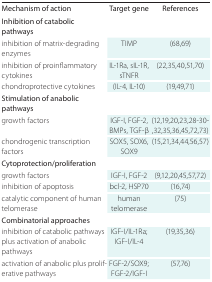
| Mechanism of action | Target gene | References |
 | --- | --- | --- |
 | Inhibition of catabolic pathways |  |  |
 | inhibition of matrix-degrading enzymes | TIMP | (68,69) |
 | inhibition of proinflammatory cytokines | IL-1Ra, sIL-1R, sTNFR | (22,35,40,51,70) |
 | chondroprotective cytokines | (IL-4, IL-10) | (19,49,71) |
 | Stimulation of anabolic pathways |  |  |
 | growth factors | IGF-I, FGF-2, BMPs, TGF-β | (12,19,20,23,28-30,32,35,36,45,72,73) |
 | chondrogenic transcription factors | SOX5, SOX6, SOX9 | (15,21,34,44,56,57) |
 | Cytoprotection/ proliferation |  |  |
 | growth factors | IGF-I, FGF-2 | (9,12,20,45,57,72) |
 | inhibition of apoptosis | bcl-2, HSP70 | (16,74) |
 | catalytic component of human telomerase | human telomerase | (75) |
 | Combinatorial approaches |  |  |
 | inhibition of catabolic pathways plus activation of anabolic pathways | IGF-I/IL-1Ra; IGF-I/IL-4 | (19,35,36) |
 | activation of anabolic plus proliferative pathways | FGF-2/SOX9; FGF-2/IGF-I | (57,76) |